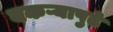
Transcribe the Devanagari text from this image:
बकऱ्यापुढे